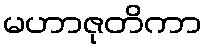
မဟာဇုတိကာ